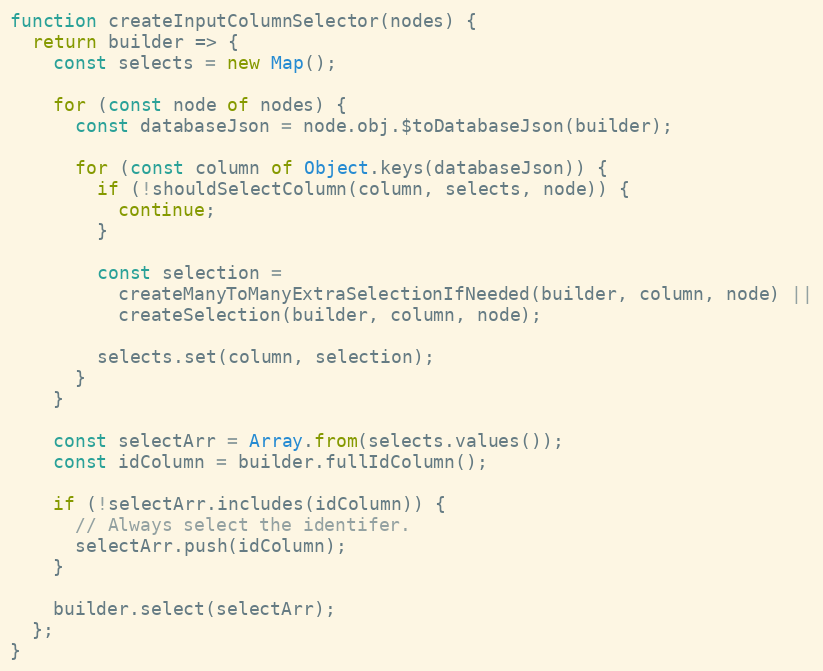
Language: JavaScript
function createInputColumnSelector(nodes) {
  return builder => {
    const selects = new Map();

    for (const node of nodes) {
      const databaseJson = node.obj.$toDatabaseJson(builder);

      for (const column of Object.keys(databaseJson)) {
        if (!shouldSelectColumn(column, selects, node)) {
          continue;
        }

        const selection =
          createManyToManyExtraSelectionIfNeeded(builder, column, node) ||
          createSelection(builder, column, node);

        selects.set(column, selection);
      }
    }

    const selectArr = Array.from(selects.values());
    const idColumn = builder.fullIdColumn();

    if (!selectArr.includes(idColumn)) {
      // Always select the identifer.
      selectArr.push(idColumn);
    }

    builder.select(selectArr);
  };
}